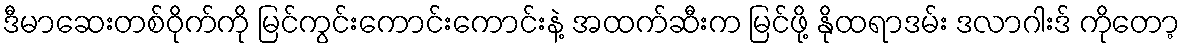
ဒီမာဆေးတစ်ဝိုက်ကို မြင်ကွင်းကောင်းကောင်းနဲ့ အထက်ဆီးက မြင်ဖို့ နိုထရာဒမ်း ဒလာဂါးဒ် ကိုတော့